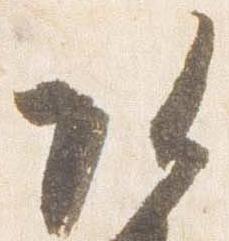
頭